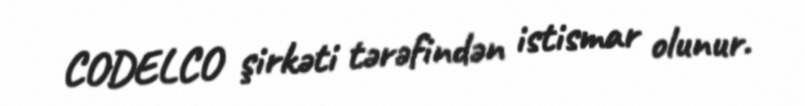
CODELCO şirkəti tərəfindən istismar olunur.